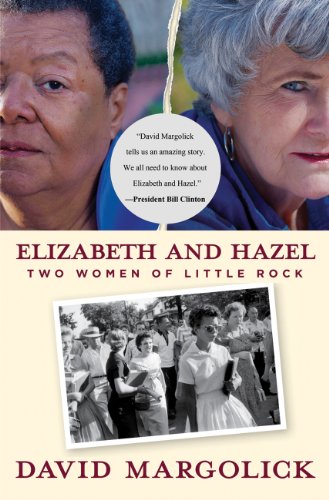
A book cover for Elizabeth and Hazel: Two Women of Little Rock; David Margolick; Biographies & Memoirs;